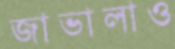
জাভালাও